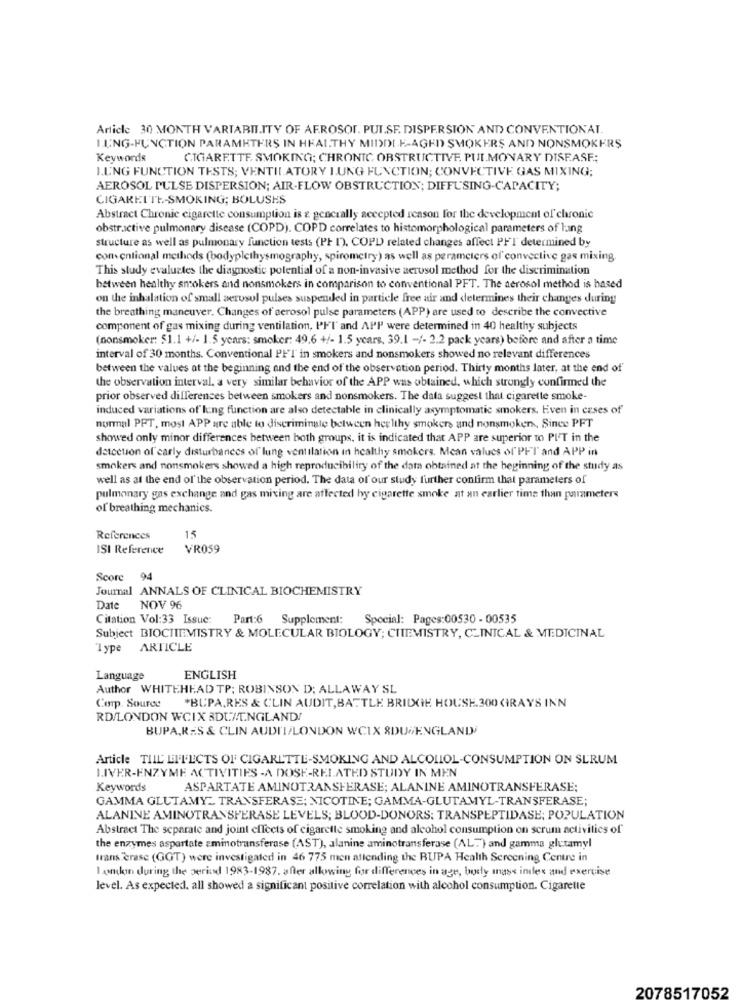
Article 30 MONTH VARTABII.ITY OF AEROSOL. PULSE. DISPERSION AND CONVENTIONAL.
I.UNG-FUNCTION PARAMETERS IN HEALTHY MIDDLE-AGED SMOKERS AND NONSMOKERS
Keywords
CIGARETTE SMOKING; CHRONIC, OBSTRUCTIVE PULMONARY DISEASE;
I.UNG FUNCTION TESTS; VENTILATORY LUNG FUNCTION; CONVECTIVE GAS MIXING;
AEROSOL PULSE DISPERSION; AIR-FLOW OBSTRUCTION; DIFFUSING-CAPACITY;
CIGARETTE-SMOKING; BOLUSES
Abstract Chronic cigarette consumption is & generally accepted reason for the development of chronic
obstrasctive pulmonary disease (COPD). COPD correlates to histomorphological parameters of lang
structure as well as pulmonary function tests (PI 1), COPD) related changes affect PFT determined by
conventional methods (bodyplethysmography, spirometry) as well as perameters of convective gas mixing
This study evaluates the diagnostic potential of a non-invasive aerosol method for the discrimination
between healthy smokers and nonsmokers in comparison to conventional PFT. The aerosol method is based
on the inhalation of small aerosol pulses suspended in particle free air and determines their changes during
the breathing maneuver. Changes of aerosol pulse parameters (APP) are used to describe the convective
component of gas mixing during ventilation, PFI and APP were determined in 40 healthy subjects
(nonsmoker: $1.1 +/- 1.5 years: smoker: 49,6 +/- 1.5 years, 39.1 -/- 2.2 pack years) before and after a time
interval of 30 months. Conventional PFT in smokers and nonsmokers showed no relevant differences
between the values at the beginning and the end of the observation period. Thirty months later, at the end of
the observation interval. a very similar behavior of the APP was obtained, which strongly confirmed the
prior observed differences between smokers and nonsmokers. The data suggest that cigarette smoke-
induced variations of lung function are also detectable in clinically asymptomatic smokers. Even in cases of
normal PPT, most APP are able to discriminate between her lihy smokers and nonsmokers, Since PFT
showed only minor differences between both groups, it is indicated that APP are superior to PI'T in the
detection of carly disturbances of lung ventilation in healthy smokers. Mean values of"PFI' and APP in
smokers and nonsmokers showed a high reproducibility of the data obtained at the beginning of the study as
well as at the end of the observation period. The data of our study further contirm that parameters of
pulmonary gas exchange and gas mixing are affected by cigarette smoke at an earlier time than parameters
of breathing mechanics.
References
15
ISI Reference
VR059
Score 94
Journal ANNALS OF CLINICAL BIOCHEMISTRY
Date NOV 96
Citation Vol:33 Issue:
Part:6 Supplement:
Special: Pages:00530 - 00535
Subject BIOCHEMISTRY & MOLECULAR BIOLOGY; CHEMISTRY, CLINICAL & MEDICINAL
Type ARTICLE
Language
ENGLISH
Author WHITEHEAD TP; ROBINSON D; ALLAWAY SL
Comp. Source
*BUPA,RES & CLIN AUDIT, BATTLE BRIDGE HOUSE.300 GRAYS INN
RD/LONDON WCIX 3DL//T.NGLAND/
BUPA,RES & CLIN AUDII/LONDON WCIX 8DU ENGLAND
Article TIL EFFECTS OF CIGARLTTE-SMOKING AND ALCOLLOL-CONSUMPTION ON SURUM
LIVER-ENZYME ACTIVITIES -A DOSE-RELATED STUDY IN MEN
Keywords
ASPARTATE AMINOTRANSFERASE; ALANINE AMINOTRANSFERASE;
GAMMA GLUTAMY_ TRANSFERASE; NICOTINE; GAMMA-GLUTAMYL-TRANSFERASE;
ALANINE AMINOTRANSFERASE LEVELS; BLOOD-DONORS: TRANSPEPTIDASE; POPULATION
Abstract The separate and joint effects of cigarette smoking and alcohol consumption on scrum activities of
the enzymes aspartate aminotransferase (AST), alanine aminotransferase (AL""} and gamma glutamyl
Irans erase (GGT) were investigated in 46 775 men attending the RUPA Health Screening Centre in
Ionlin during the period 1983-1987. after allowing for differences in age, body mass index and exercise
level. As expected. all showed a significant positive correlation with alcohol consumption. Cigarette
2078517052